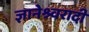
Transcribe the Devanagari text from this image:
ज्ञानेश्र्वरादी